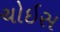
ચોઇસ